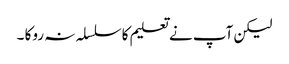
لیکن آپ نے تعلیم کاسلسلہ نہ روکا ۔